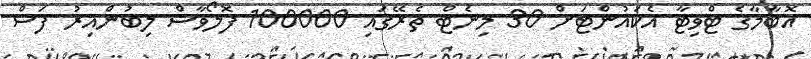
އޮބާމާގެ ޓްވިޓާ އެކައުންޓަށް 30 މިނެޓް ތެރޭގައި 100000 ފޮލޯވާސް ލިބުންއިރު ފަސް